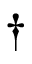
\dagger